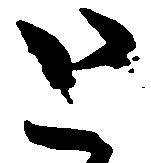
と